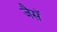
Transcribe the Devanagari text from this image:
जैसॅ